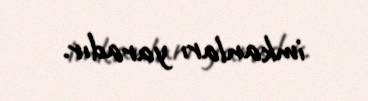
imkanları yaradır.